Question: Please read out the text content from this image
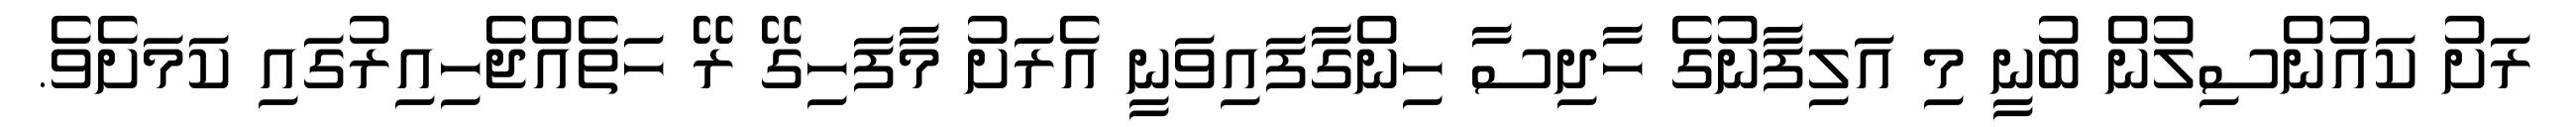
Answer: ރަށު ކައުންސިލުން ބުނީ މި އަލިފާނުގެ ހާދިސާ ހިންގާފައިވަނީ އެރަށު މާފަހިގޭ ރޭ ހަތެއްޖެހިއިރުގައި ކަމަށެވެ.